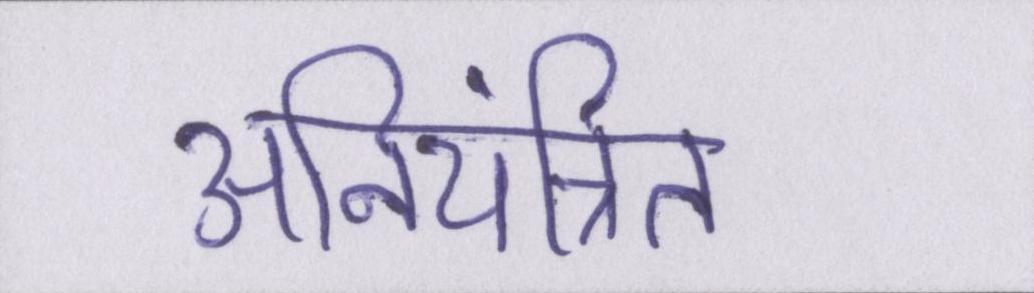
अनियंत्रित